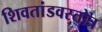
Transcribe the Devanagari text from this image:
शिवतांडवस्तोत्र